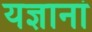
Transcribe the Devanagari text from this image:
यज्ञानां